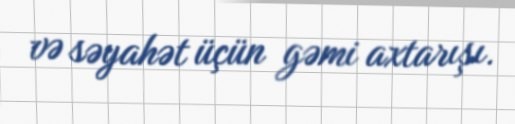
və səyahət üçün gəmi axtarışı.